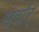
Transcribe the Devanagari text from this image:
सर्दार्